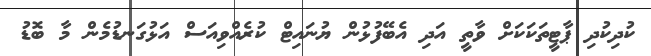
ކުދިކުދި ޕާޓީތަކަކަށް ވާތީ އަދި އެބޭފުޅުން ޔުނައިޓް ކުރެއްވިއަސް އަޅުގަނޑުމެން މާ ބޮޑު